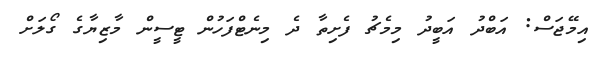
އިމޭޖަސް: އަބްދު އަބީދު މިމެޗު ފެށިތާ ދެ މިނެޓްފަހުން ޓީސީން މާޒިޔާގެ ގޯލަށް